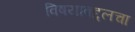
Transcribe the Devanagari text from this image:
विषयाबद्दलचा